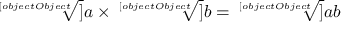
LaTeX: { \sqrt [ [object Object] ] { a } } \times { \sqrt [ [object Object] ] { b } } = { \sqrt [ [object Object] ] { a b } }